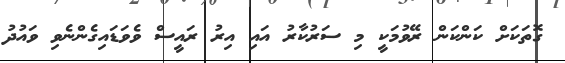
ގޮތަކަށް ކަންކަން ރޭވުމަކީ މި ސަރުކާރު އައި އިރު ރައީސް ވެވަޑައިގެންނެވި ވައުދު